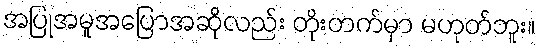
အပြုအမူအပြောအဆိုလည်း တိုးတက်မှာ မဟုတ်ဘူး။